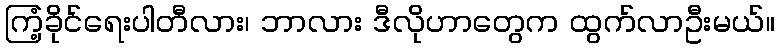
ကြံ့ခိုင်ရေးပါတီလား၊ ဘာလား ဒီလိုဟာတွေက ထွက်လာဦးမယ်။